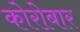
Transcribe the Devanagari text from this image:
कोरोबार